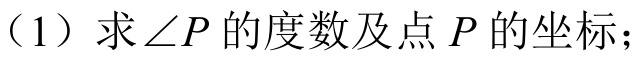
（1）求\(\angle P\)的度数及点 \(P\) 的坐标；